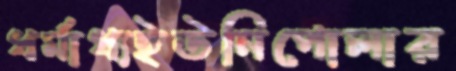
ধর্মাধ্যইউনিপোলার